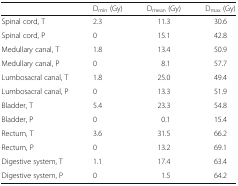
<table><thead><tr><td></td><td><b>D<sub>min</sub> (Gy)</b></td><td><b>D<sub>mean</sub> (Gy)</b></td><td><b>D<sub>max</sub> (Gy)</b></td></tr></thead><tbody><tr><td>Spinal cord, T</td><td>2.3</td><td>11.3</td><td>30.6</td></tr><tr><td>Spinal cord, P</td><td>0</td><td>15.1</td><td>42.8</td></tr><tr><td>Medullary canal, T</td><td>1.8</td><td>13.4</td><td>50.9</td></tr><tr><td>Medullary canal, P</td><td>0</td><td>8.1</td><td>57.7</td></tr><tr><td>Lumbosacral canal, T</td><td>1.8</td><td>25.0</td><td>49.4</td></tr><tr><td>Lumbosacral canal, P</td><td>0</td><td>13.3</td><td>51.9</td></tr><tr><td>Bladder, T</td><td>5.4</td><td>23.3</td><td>54.8</td></tr><tr><td>Bladder, P</td><td>0</td><td>0.1</td><td>15.4</td></tr><tr><td>Rectum, T</td><td>3.6</td><td>31.5</td><td>66.2</td></tr><tr><td>Rectum, P</td><td>0</td><td>13.2</td><td>69.1</td></tr><tr><td>Digestive system, T</td><td>1.1</td><td>17.4</td><td>63.4</td></tr><tr><td>Digestive system, P</td><td>0</td><td>1.5</td><td>64.2</td></tr></tbody></table>